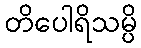
တိပေါရိသမ္ပိ